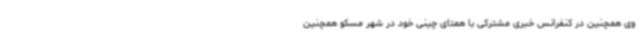
وی همچنین در کنفرانس خبری مشترکی با همتای چینی خود در شهر مسکو همچنین